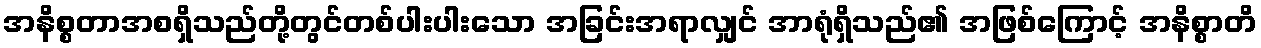
အနိစ္စတာအစရှိသည်တို့တွင်တစ်ပါးပါးသော အခြင်းအရာလျှင် အာရုံရှိသည်၏ အဖြစ်ကြောင့် အနိစ္စာတိ